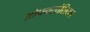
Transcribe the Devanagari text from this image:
ओपनसोशियल